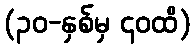
(၃၀-နှစ်မှ ၄၀ထိ)